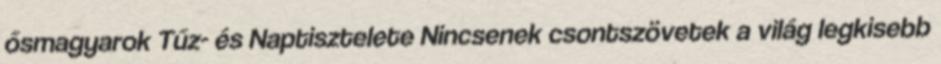
ősmagyarok Tűz- és Naptisztelete Nincsenek csontszövetek a világ legkisebb